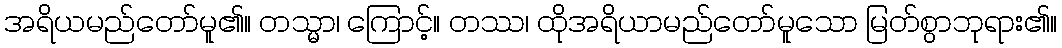
အရိယမည်တော်မူ၏။ တသ္မာ၊ ကြောင့်။ တဿ၊ ထိုအရိယာမည်တော်မူသော မြတ်စွာဘုရား၏။